Annual report on the mental hospital in the Central Provinces and Berar (Nagpur) - 1927-1951
Year: 1927
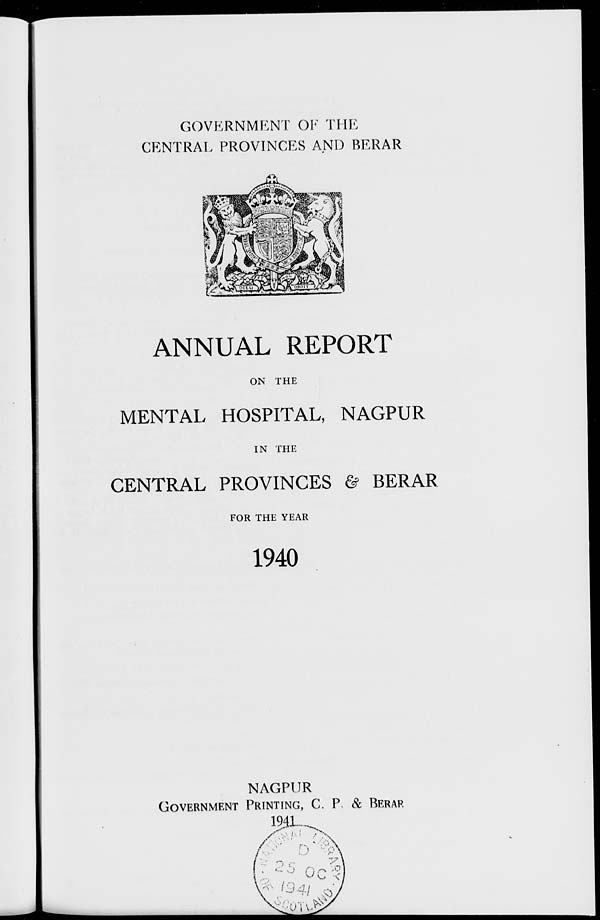
GOVERNMENT OF THE
CENTRAL PROVINCES AND BERAR
ANNUAL REPORT
ON THE
MENTAL HOSPITAL, NAGPUR
IN THE
CENTRAL PROVINCES & BERAR
FOR THE YEAR
1940
NAGPUR
GOVERNMENT PRINTING, C. P. & BERAR
1941